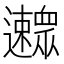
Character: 𨙛